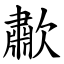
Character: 歗